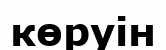
көруін